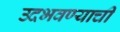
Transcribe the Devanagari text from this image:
उदभवण्याची